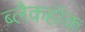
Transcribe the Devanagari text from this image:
ब्लैकहॉक